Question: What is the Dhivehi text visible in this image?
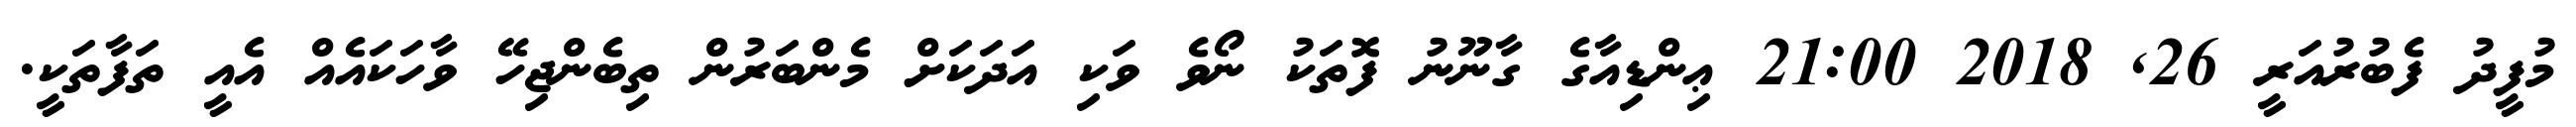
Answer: މުފީދު ފެބުރުއަރީ 26, 2018 21:00 ޢިންޑިއާގެ ގާނޫނު ފޮތަކު ނޯވެ ވަކި އަދަކަށް މެންބަރުން ތިބެންޖިހޭ ވާހަކައެއް އެއީ ތަފާތަކީ.